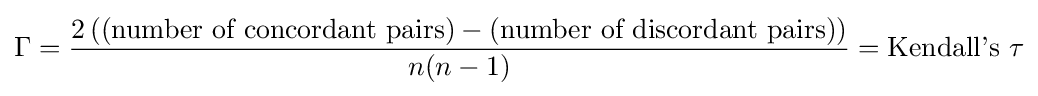
\Gamma ={\frac {2\,(({\text{number of concordant pairs}})-({\text{number of discordant pairs}}))}{n(n-1)}}={\text{Kendall's }}\tau